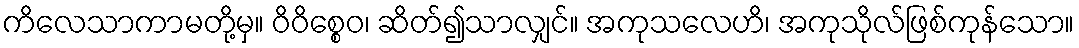
ကိလေသာကာမတို့မှ။ ဝိဝိစ္စေဝ၊ ဆိတ်၍သာလျှင်။ အကုသလေဟိ၊ အကုသိုလ်ဖြစ်ကုန်သော။